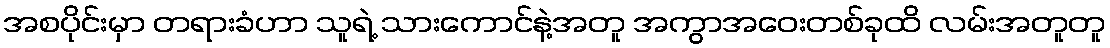
အစပိုင်းမှာ တရားခံဟာ သူရဲ့ သားကောင်နဲ့အတူ အကွာအဝေးတစ်ခုထိ လမ်းအတူတူ